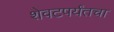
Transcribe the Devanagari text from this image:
शेवटपर्यंतचा